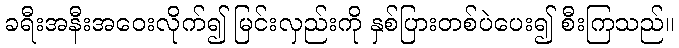
ခရီးအနီးအဝေးလိုက်၍ မြင်းလှည်းကို နှစ်ပြားတစ်ပဲပေး၍ စီးကြသည်။